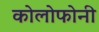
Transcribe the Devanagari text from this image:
कोलोफोनी